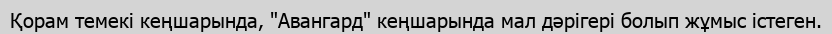
Қорам темекі кеңшарында, "Авангард" кеңшарында мал дәрігері болып жұмыс істеген.